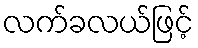
လက်ခလယ်ဖြင့်